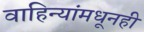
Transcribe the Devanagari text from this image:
वाहिन्यांमधूनही